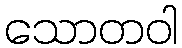
သောတဝါ